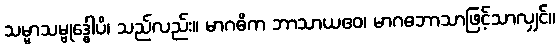
သမ္မာသမ္ဗုဒ္ဓေါပိ၊ သည်လည်း။ မာဂဓိက ဘာသာယဧဝ၊ မာဂဓဘာသာဖြင့်သာလျှင်။